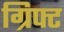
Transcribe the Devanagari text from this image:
ग्रिफ्ट